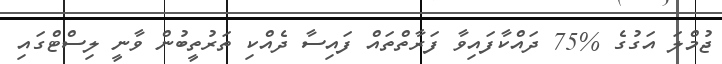
ޖުމްލަ އަގުގެ %75 ދައްކާފައިވާ ފަރާތްތައް ފައިސާ ދެއްކި ތަރުތީބުން ވާނީ ލިސްޓްގައި